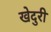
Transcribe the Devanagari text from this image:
खेदुरी